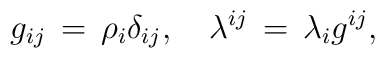
g_{ij}\,=\,\rho_{i}\delta_{ij},\quad \lambda^{ij}\,=\,\lambda_{i}g^{ij},